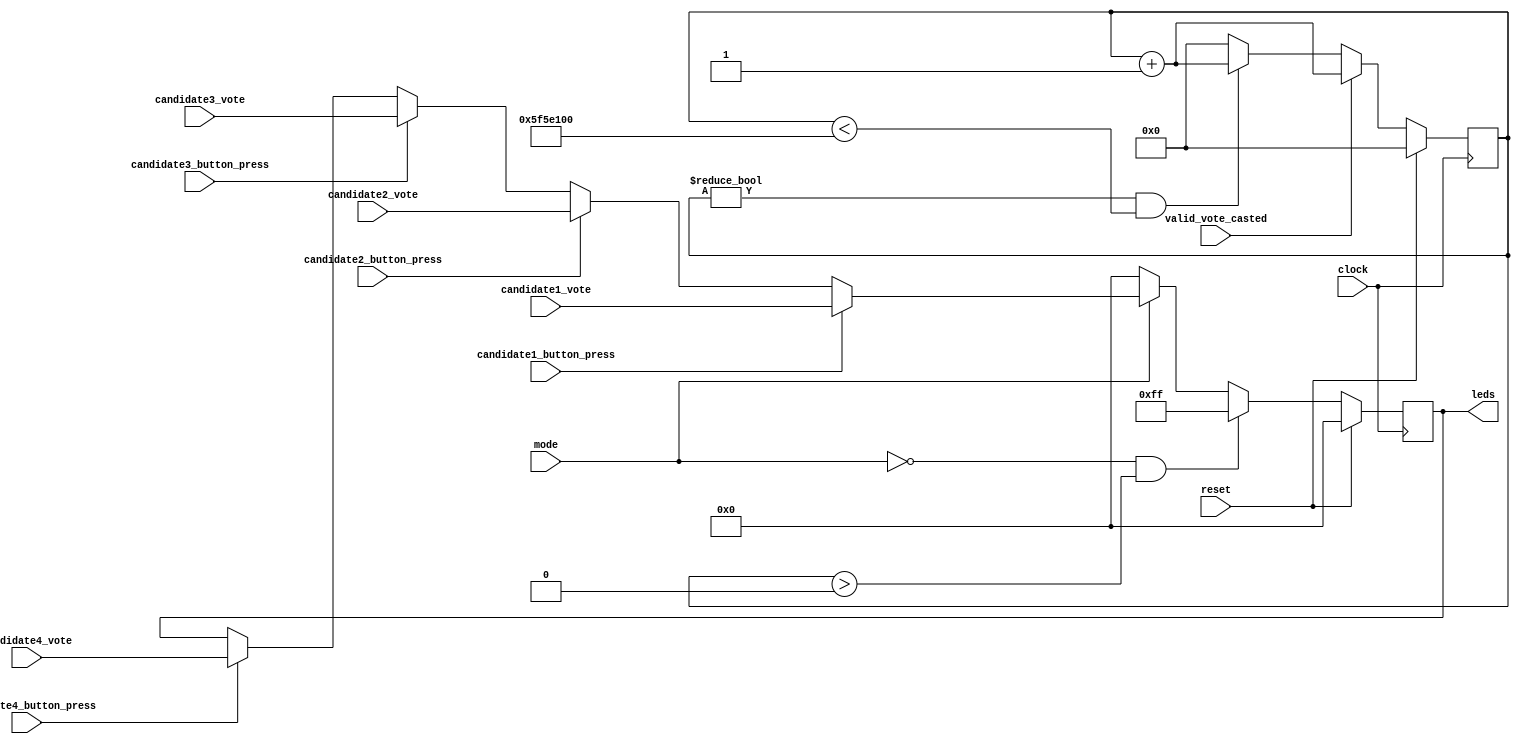
module modeControl(
input clock,
input reset,
input mode,
input valid_vote_casted,
input [7:0] candidate1_vote,
input [7:0] candidate2_vote,
input [7:0] candidate3_vote,
input [7:0] candidate4_vote,
input candidate1_button_press,
input candidate2_button_press,
input candidate3_button_press,
input candidate4_button_press,
output reg [7:0] leds
    );
    
reg [30:0] counter;

always @(posedge clock)
begin
    if(reset)
        counter <= 0;   //Whenever reset is pressed, counter started from 0
    else if(valid_vote_casted) //If a valid vote is casted, counter becomes 1
        counter <= counter + 1;
    else if(counter !=0 & counter < 100000000)//If counter is not 0, increment it till 100000000
        counter <= counter + 1;
    else //Once counter becomes 100000000, reset it to zero
        counter <= 0;
end    
    
always @(posedge clock)
begin
    if(reset)
        leds <= 0;
    else
    begin
        if(mode == 0 &  counter > 0 ) //mode0 -> voting mode, mode 1 -> result mode
            leds <= 8'hFF;
        else if(mode == 0)
            leds <= 8'h00;
        else if(mode == 1) //result mode
        begin
            if(candidate1_button_press)
                leds <= candidate1_vote;
            else if(candidate2_button_press)
                leds <= candidate2_vote;
            else if(candidate3_button_press)
                leds <= candidate3_vote;
            else if(candidate4_button_press)
                leds <= candidate4_vote;
        end
    end  
end
    
endmodule